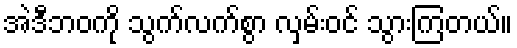
အဲဒီဘဝကို သွက်လက်စွာ လှမ်းဝင် သွားကြတယ်။